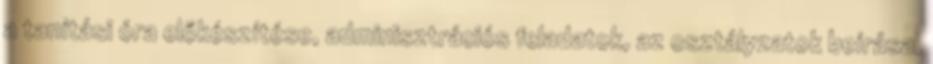
a tanítási óra előkészítése, adminisztrációs feladatok, az osztályzatok beírása,